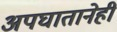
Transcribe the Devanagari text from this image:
अपघातानेही